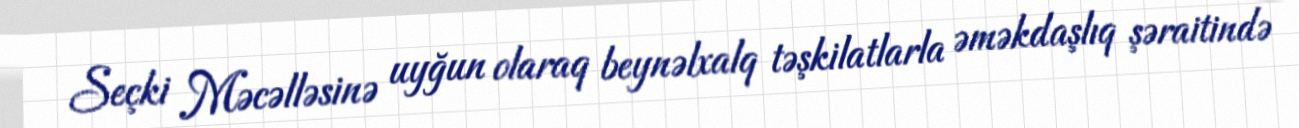
Seçki Məcəlləsinə uyğun olaraq beynəlxalq təşkilatlarla əməkdaşlıq şəraitində